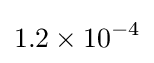
1.2\times 10^{-4}